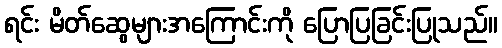
ရင်း မိတ်ဆွေများအကြောင်းကို ပြောပြခြင်းပြုသည်။